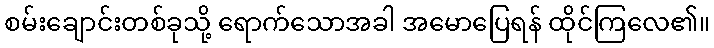
စမ်းချောင်းတစ်ခုသို့ ရောက်သောအခါ အမောပြေရန် ထိုင်ကြလေ၏။